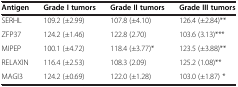
<table><thead><tr><td><b>Antigen</b></td><td><b>Grade I tumors</b></td><td><b>Grade II tumors</b></td><td><b>Grade III tumors</b></td></tr></thead><tbody><tr><td>SERHL</td><td>109.2 (±2.99)</td><td>107.8 (±4.10)</td><td>126.4 (±2.84)**</td></tr><tr><td>ZFP37</td><td>124.2 (±1.46)</td><td>122.8 (2.70)</td><td>103.6 (3.13)***</td></tr><tr><td>MIPEP</td><td>100.1 (±4.72)</td><td>118.4 (±3.77)*</td><td>123.5 (±3.88)**</td></tr><tr><td>RELAXIN</td><td>116.4 (±2.53)</td><td>108.3 (2.09)</td><td>125.2 (1.08)**</td></tr><tr><td>MAGI3</td><td>124.2 (±0.69)</td><td>122.0 (±1.28)</td><td>103.0 (±1.87) *</td></tr></tbody></table>